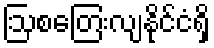
ဩစတြေးလျနိုင်ငံရှိ